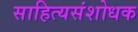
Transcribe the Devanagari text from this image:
साहित्यसंशोधक